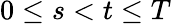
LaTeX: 0\leq s<t\leq T